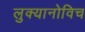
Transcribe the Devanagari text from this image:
लुक्यानोविच